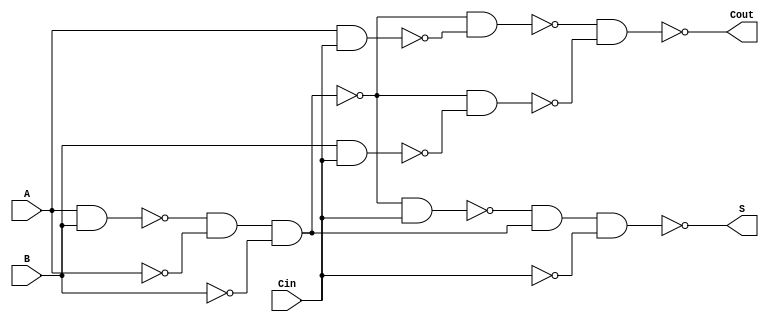
module NegativeCircuitFullAdder (
    input wire A,        // First input bit
    input wire B,        // Second input bit
    input wire Cin,      // Carry-in bit
    output wire S,       // Sum output
    output wire Cout     // Carry-out output
);

// Intermediate wires for calculations
wire AB, AC, BC;          // AND outputs
wire A_XOR_B;            // Result of A XOR B
wire A_XOR_B_XOR_Cin;    // Final sum output S

// Implementing A XOR B using NAND gates
wire A_NAND_B = ~(A & B);
wire A_NAND_A = ~(A & A);
wire B_NAND_B = ~(B & B);
assign A_XOR_B = ~(A_NAND_B & A_NAND_A & B_NAND_B); // A XOR B

// Implementing (A XOR B) XOR Cin for sum S
wire A_XOR_B_NAND_Cin = ~(A_XOR_B & Cin);
wire A_XOR_B_NAND_A_XOR_B = ~(A_XOR_B & A_XOR_B);
wire Cin_NAND_Cin = ~(Cin & Cin);
assign S = ~(A_XOR_B_NAND_Cin & A_XOR_B_NAND_A_XOR_B & Cin_NAND_Cin); // S = A XOR B XOR Cin

// Implementing the Carry-out Cout
assign AB = ~(A_NAND_B & A_NAND_A & B_NAND_B); // A AND B
assign AC = ~(A & Cin);
assign BC = ~(B & Cin);

// Using NAND gates to calculate Cout = (A AND B) OR (B AND Cin) OR (A AND Cin)
wire AB_NAND_AC = ~(AB & AC);
wire AB_NAND_BC = ~(AB & BC);
assign Cout = ~(AB_NAND_AC & AB_NAND_BC); // Cout = (AB) OR (BC) OR (AC)

endmodule